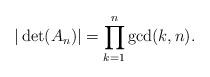
LaTeX: \begin{align*} |\det(A_n)| = \prod_{k=1}^n \gcd(k, n).\end{align*}